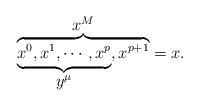
\begin{align*}\overbrace{\underbrace{x^0,x^1,\cdots,x^p}_{\displaystyle{y^{\mu}}},x^{p+1}}^{\displaystyle{x^M}}=x.\end{align*}